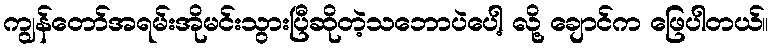
ကျွန်တော်အရမ်းအိုမင်းသွားပြီဆိုတဲ့သဘောပဲပေါ့ လို့ ချောင်က ဖြေပါတယ်။